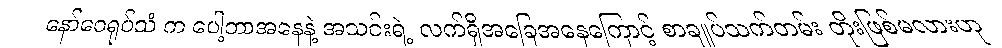
နော်ဝေရုပ်သံ က ပေါ့ဘာအနေနဲ့ အသင်းရဲ့ လက်ရှိအခြေအနေကြောင့် စာချုပ်သက်တမ်း တိုးဖြစ်မလားဟု